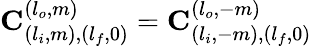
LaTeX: \mathbf{C}_{(l_{i},m),(l_{f},0)}^{(l_{o},m)}=\mathbf{C}_{(l_{i},-m),(l_{f},0)}^{(l_{o},-m)}